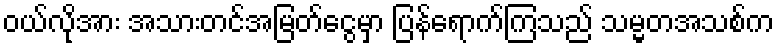
၀ယ်လိုအား အသားတင်အမြတ်ငွေမှာ ပြန်ရောက်ကြသည် သမ္မတအသစ်က